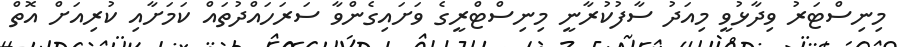
މިނިސްޓަރު ވިދާޅުވީ މިއަދު ސާފުކުރާނީ މިނިސްޓްރީގެ ވަށައިގެންވާ ސަރަހައްދުތައް ކަމަށާއި ކުރިއަށް އޮތް